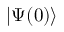
| \Psi ( 0 ) \rangle